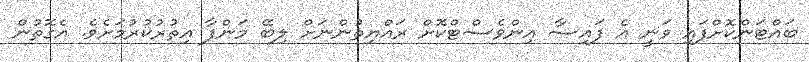
ބައްޓަންކޮށްފައި ވަނީ އެ ފައިސާ އިންވެސްޓްކޮށް ރައްޔިތުންނަށް ލިބޭ މަންފާ އިތުރުކުރުމަށެވެ. އެެގޮތުން